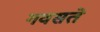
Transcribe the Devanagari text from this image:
गवसते